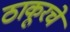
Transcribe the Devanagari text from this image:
ठाकूरचे